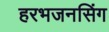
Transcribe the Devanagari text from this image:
हरभजनसिंग